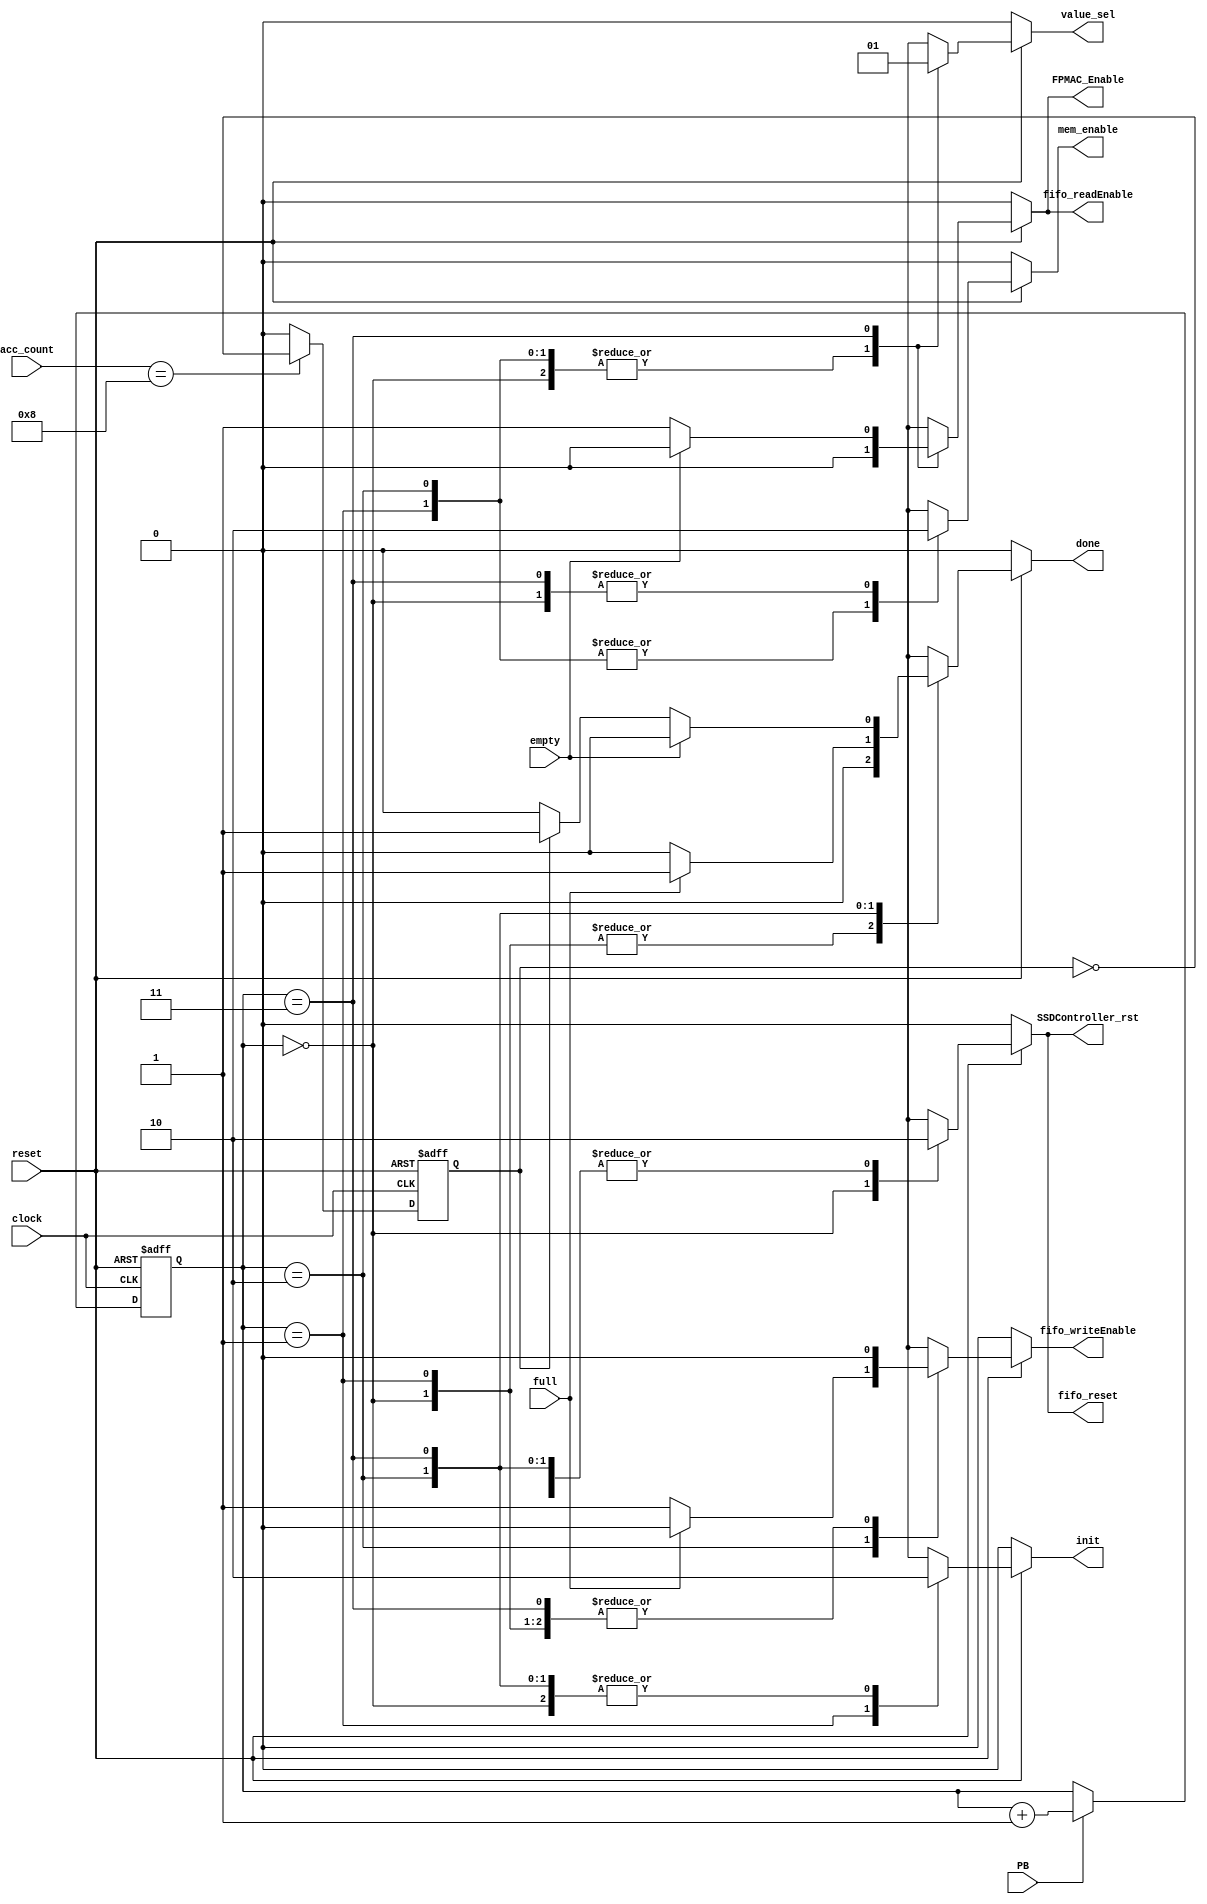
module fsm_controller(
    input clock,
    input reset,
    input PB,
    input full,
    input empty,
//    output mem_reset,
    output reg mem_enable,
    output reg fifo_reset,
    output reg fifo_writeEnable,
    output reg fifo_readEnable,
    output reg FPMAC_Enable,
    input [3:0] acc_count,
    output reg SSDController_rst,
//    output SSDController_en,
    output reg init,
    output reg done,
    output reg value_sel     //0-> mem rdata, 1-> fpmac result
);

    reg [1:0] state, prev_state; 
    reg blink;
//    reg hold_state;

    always@(posedge clock, negedge reset) begin
        if(!reset) begin
            prev_state   <= 0;
            state        <= 0;
            blink        <= 0;
        end else begin
            prev_state   <= state;
            if(PB) state <= state + 1;  //next state logic
            if(acc_count == 4'd8) 
                blink        <= ~blink;
            else blink = 0;
        end
    end

    always@(*) begin
        if(!reset) begin
 //           mem_reset           = 1'b0;
            mem_enable          = 1'b0;
            fifo_reset          = 1'b0;
            fifo_writeEnable    = 1'b0;
            fifo_readEnable     = 1'b0;
            FPMAC_Enable        = 1'b0;
            SSDController_rst   = 1'b0;
            init                = 1'b0;
            done                = 1'b0;
            value_sel           = 1'b0;
        end else begin
//            mem_reset           = 1'b0;
            mem_enable          = 1'b0;
            fifo_reset          = 1'b0;
            fifo_writeEnable    = 1'b0;
            fifo_readEnable     = 1'b0;
            FPMAC_Enable        = 1'b0;
            SSDController_rst   = 1'b0;
            init                = 1'b0;
            done                = 1'b0;
            value_sel           = 1'b0;

            case(state)
                2'b0: begin  //Reset State
                    SSDController_rst = 1;
//                    if(state != prev_state) begin
//                        mem_reset   = 1; 
                        fifo_reset  = 1;
//                    end else begin
//                        mem_reset   = 0;
//                        fifo_reset  = 0;
//                    end
                end
                2'b1: begin //SRAM init state
                    mem_enable  = 1;
                    init = 1;
                end
                2'd2: begin //FIFO Load state
                    mem_enable  = 1;
                    //value_sel = 0; 
                    if(!full)
                        fifo_writeEnable = 1;
                    else
                        done = 1; 
                end
                2'd3: begin //MAC state
                    value_sel = 1;
                    if(!empty) begin
                        fifo_readEnable = 1;
                        FPMAC_Enable    = 1;
                    if(blink)
                        done = 1;
                    else done = 0;
                    end
                end
            endcase

        end
    end

endmodule